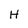
Character: H